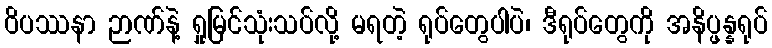
ဝိပဿနာ ဉာဏ်နဲ့ ရှုမြင်သုံးသပ်လို့ မရတဲ့ ရုပ်တွေပါပဲ၊ ဒီရုပ်တွေကို အနိပ္ဖန္နရုပ်